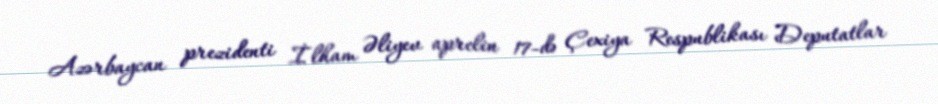
Azərbaycan prezidenti İlham Əliyev aprelin 17-də Çexiya Respublikası Deputatlar